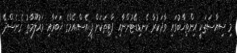
މި ސިޔާސަތަކީ އިންތިޚާބުގައި ވާދަކުރާ ކެނޑިޑޭޓުންނާއި ޕާޓިތަކަށް ޕީ.އެސް.އެމްގެ ޚަބަރާއި މައުލޫމާތު ގެނެސްދޭ